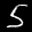
Label: 5